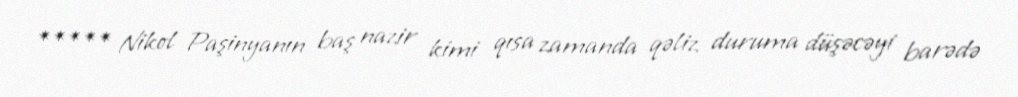
***** Nikol Paşinyanın baş nazir kimi qısa zamanda qəliz duruma düşəcəyi barədə